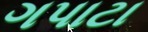
ગપાટા